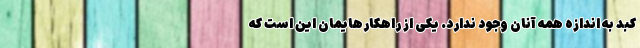
کبد به اندازه همه آنان وجود ندارد. یکی از راهکارهایمان این است که